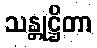
သန္တုဋ္ဌိတာ